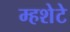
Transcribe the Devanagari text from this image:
म्हशेटे